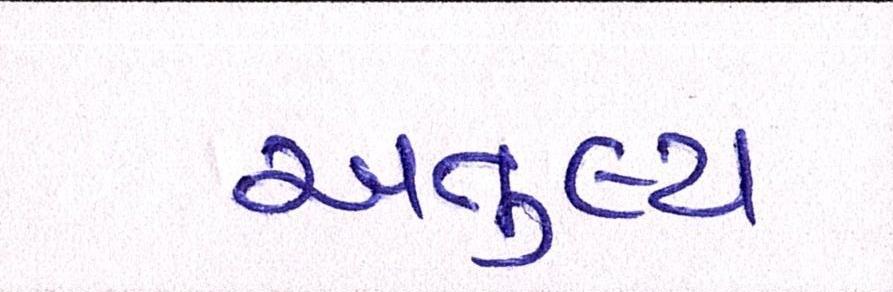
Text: અતુલ્ય